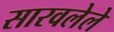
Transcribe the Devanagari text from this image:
सारवलेले